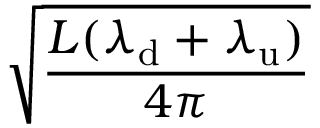
\sqrt { \frac { L ( \lambda _ { \mathrm { d } } + \lambda _ { \mathrm { u } } ) } { 4 \pi } }